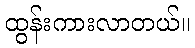
ထွန်းကားလာတယ်။